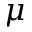
\mu